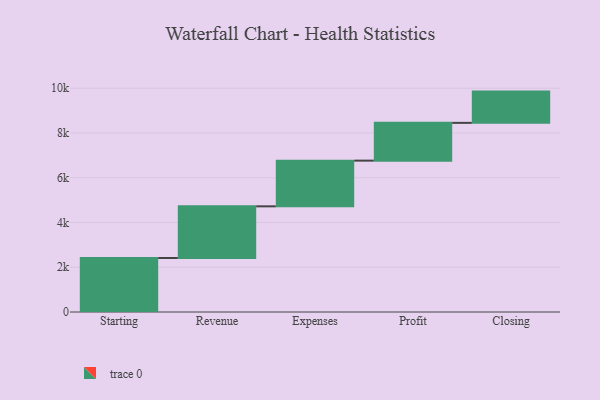
{"axis": {"x": "Step", "y": "Value"}, "legend": [""], "data": [{"x": "Starting", "y": 2413.0, "type": ""}, {"x": "Revenue", "y": 2309.0, "type": ""}, {"x": "Expenses", "y": 2043.0, "type": ""}, {"x": "Profit", "y": 1688.0, "type": ""}, {"x": "Closing", "y": 1397.0, "type": ""}]}